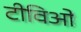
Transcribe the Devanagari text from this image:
टीविओं